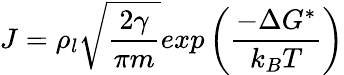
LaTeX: J=\rho_{l}\sqrt{\frac{2\gamma}{\pi m}}exp\left(\frac{-\Delta G^{*}}{k_{B}T}\right)